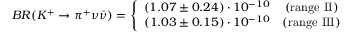
B R ( K ^ { + } \to \pi ^ { + } \nu \bar { \nu } ) = \left\{ \begin{array} { r c } { { ( 1 . 0 7 \pm 0 . 2 4 ) \cdot 1 0 ^ { - 1 0 } } } & { { ( \mathrm { r a n g e ~ I I } ) } } \\ { { ( 1 . 0 3 \pm 0 . 1 5 ) \cdot 1 0 ^ { - 1 0 } } } & { { ( \mathrm { r a n g e ~ I I I } ) } } \end{array} \right.